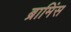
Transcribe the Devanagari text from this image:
ब्रामिंस